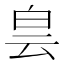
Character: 𤽎